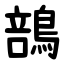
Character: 䳝